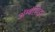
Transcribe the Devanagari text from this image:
अॅम्बॅसिडर